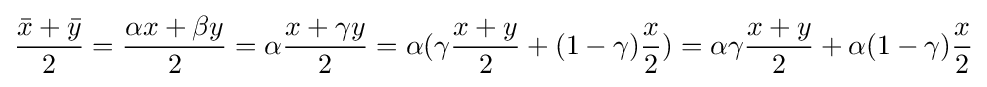
{\frac {{\bar {x}}+{\bar {y}}}{2}}={\frac {\alpha x+\beta y}{2}}=\alpha {\frac {x+\gamma y}{2}}=\alpha (\gamma {\frac {x+y}{2}}+(1-\gamma ){\frac {x}{2}})=\alpha \gamma {\frac {x+y}{2}}+\alpha (1-\gamma ){\frac {x}{2}}